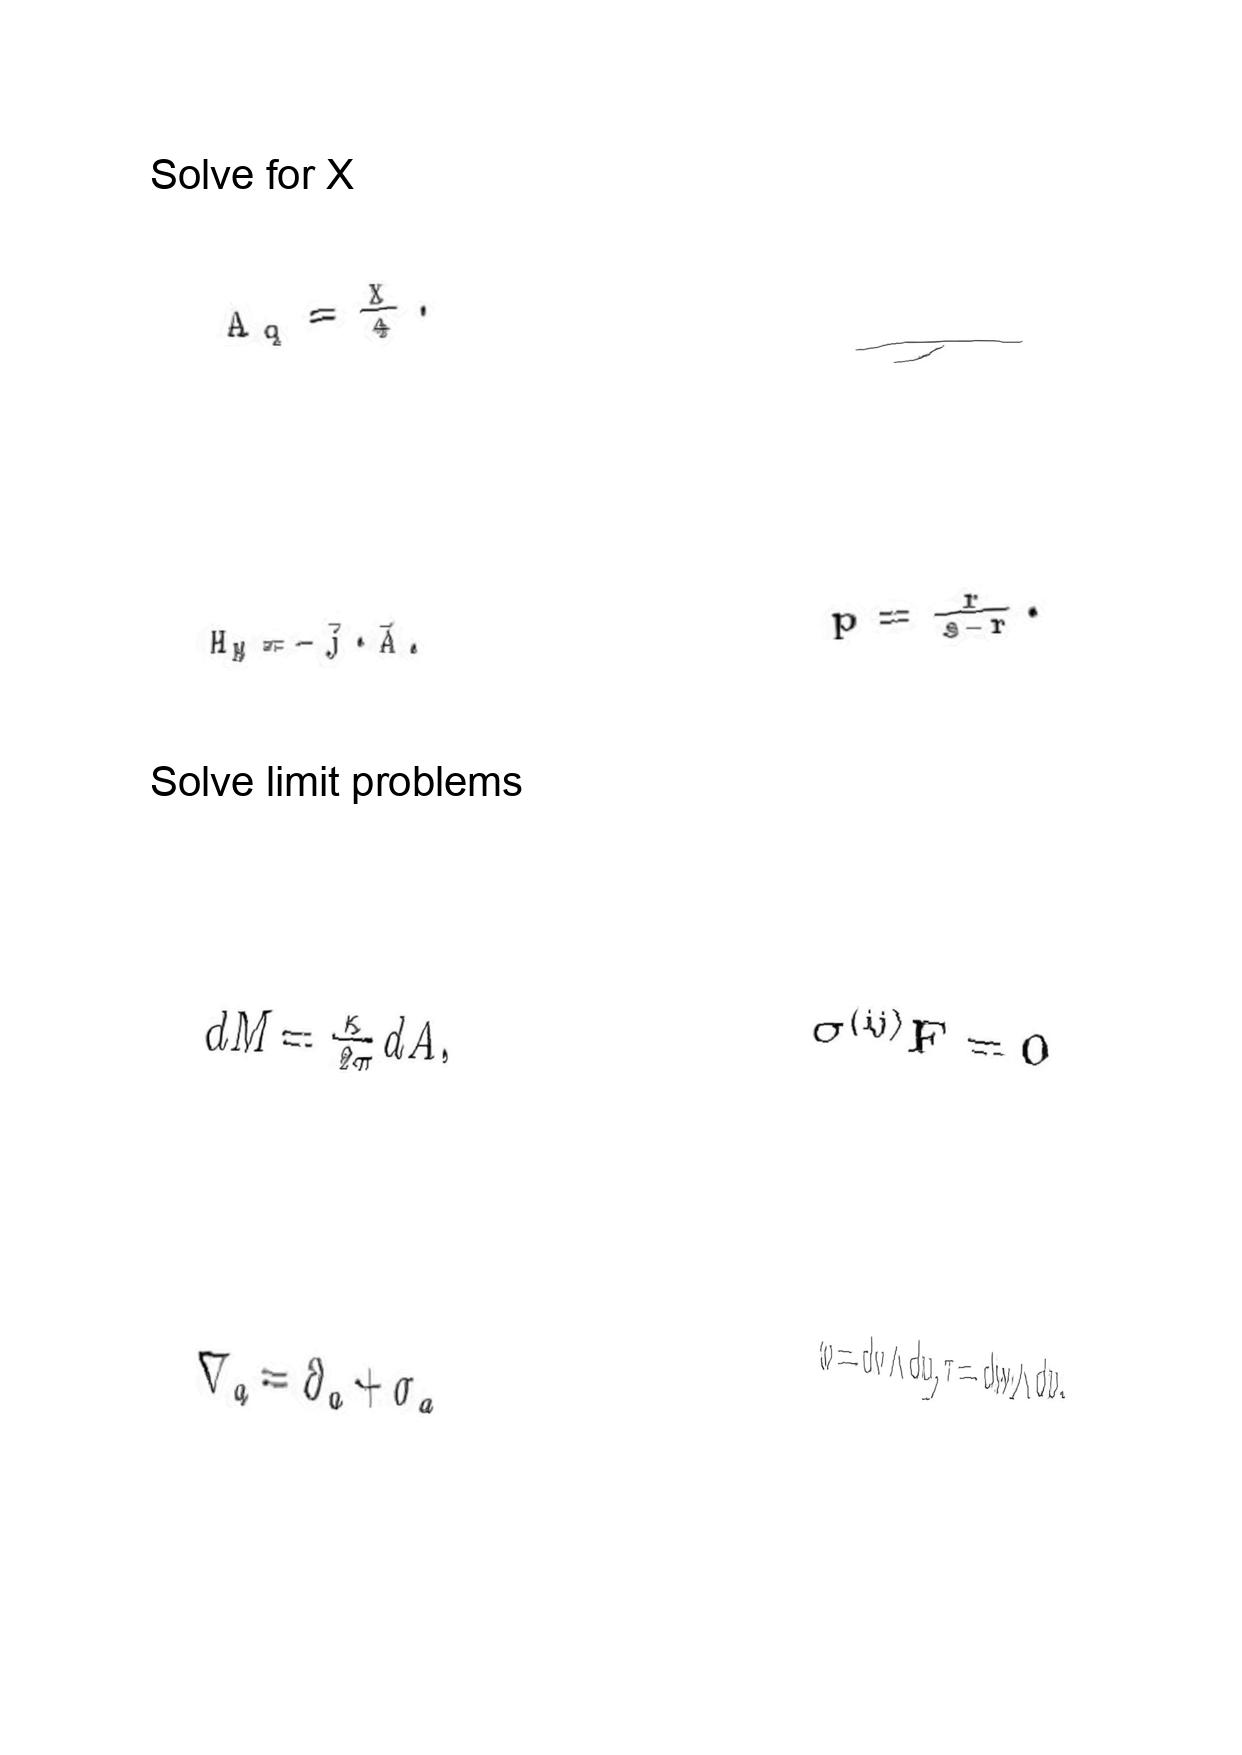
LaTeX transcription:
A _ { q } = \frac { X } { 4 } .
H _ { M } = - \vec { j } \cdot \vec { A } .
d M = \frac { \kappa } { 2 \pi } d A ,
\nabla _ { a } = \partial _ { a } + \sigma _ { a }
\tau
p = \frac { r } { s - r } .
\sigma ^ { \lparen i j \rparen } F = 0
\omega = d v \wedge d u , \tau = d w \wedge d u .